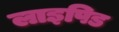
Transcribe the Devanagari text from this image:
लाइपिड